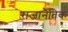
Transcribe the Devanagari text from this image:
राजानैतिक